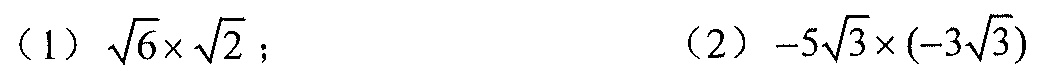
（1）\(\sqrt{6}\times\sqrt{2}\)； （2）\(-5\sqrt{3}\times(-3\sqrt{3})\)